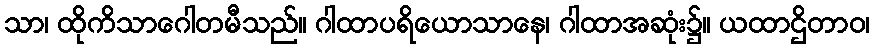
သာ၊ ထိုကိသာဂေါတမီသည်။ ဂါထာပရိယောသာနေ၊ ဂါထာအဆုံး၌။ ယထာဌိတာဝ၊